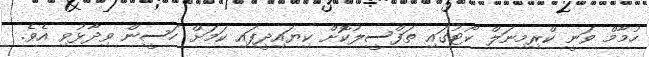
ހުމާމް ވަނީ ކްރިމިނަލް ކޯޓުގައި ތަފްސީލުކޮށް ކިޔައިދީފައި ކަމަށް ހަސީން ވިދާޅުވި އެވެ.